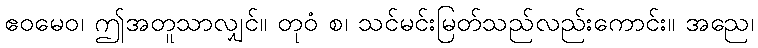
ဧဝမေဝ၊ ဤအတူသာလျှင်။ တုဝံ စ၊ သင်မင်းမြတ်သည်လည်းကောင်း။ အညေ၊